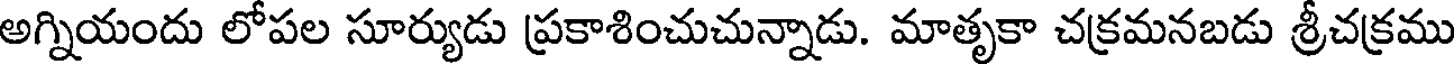
అగ్నియందు లోపల సూర్యుడు ప్రకాశించుచున్నాడు. మాతృకా చక్రమనబడు శ్రీచక్రము